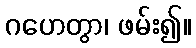
ဂဟေတွာ၊ ဖမ်း၍။